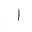
Letter: _alif